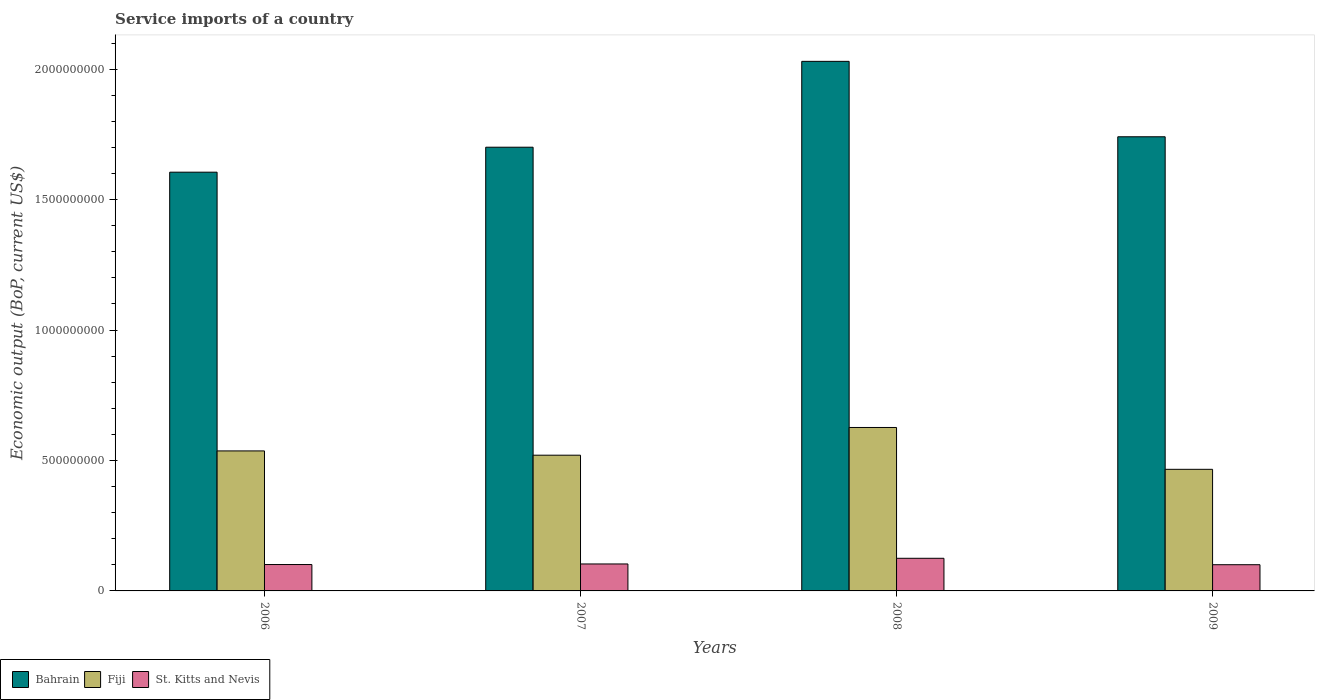
| Years | Bahrain | Fiji | St. Kitts and Nevis |
 | --- | --- | --- | --- |
 | 2006 | 1.61e+09 | 5.37e+08 | 1.01e+08 |
 | 2007 | 1.7e+09 | 5.2e+08 | 1.03e+08 |
 | 2008 | 2.03e+09 | 6.27e+08 | 1.25e+08 |
 | 2009 | 1.74e+09 | 4.66e+08 | 1e+08 |